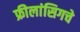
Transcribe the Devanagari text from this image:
फ्रीलांसिगचे